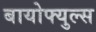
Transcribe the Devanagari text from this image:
बायोफ्युल्स